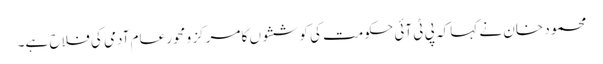
محمود خان نے کہا کہ پی ٹی آئی حکومت کی کوششوں کا مرکز و محور عام آدمی کی فلاح ہے۔